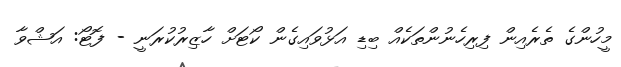
މީހުންގެ ތެރެއިން ފިރިހެނުންތަކެއް ބިޑި އަޅުވައިގެން ކޯޓަށް ހާޒިރުކުރަނީ - ފޮޓޯ: އަޝްވާ